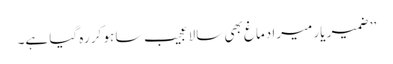
’’ ضمیر یار میرا دماغ بھی سالا عجیب سا ہو کر رہ گیا ہے۔